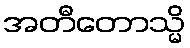
အတီတောသ္မိ